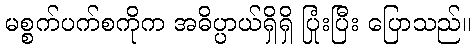
မစ္စက်ပက်စကိုက အဓိပ္ပာယ်ရှိရှိ ပြုံးပြီး ပြောသည်။